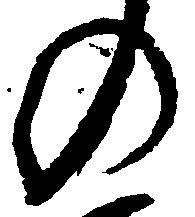
の